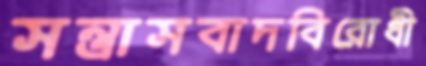
সন্ত্রাসবাদবিরোধী